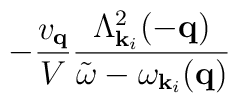
- \frac{ v_{ {\bf{q}} } }{V}\frac{ \Lambda^{2}_{ {\bf{k}}_{i} }(-{\bf{q}}) }{ {\tilde{\omega}} - \omega_{ {\bf{k}}_{i} }({\bf{q}}) }